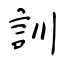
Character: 訓